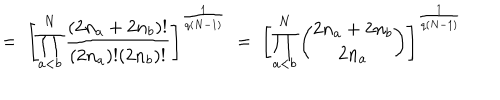
= \; \left[ \prod _ { a < b } ^ { N } \frac { ( 2 n _ { a } + 2 n _ { b } ) ! } { ( 2 n _ { a } ) ! ( 2 n _ { b } ) ! } \right] ^ { \frac { 1 } { q ( N - 1 ) } } \; = \; \left[ \prod _ { a < b } ^ { N } { \binom { 2 n _ { a } + 2 n _ { b } } { 2 n _ { a } } } \right] ^ { \frac { 1 } { q ( N - 1 ) } }